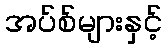
အပ်စ်များနှင့်